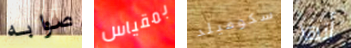
صوابه بمقياس سكوفيلد أنها